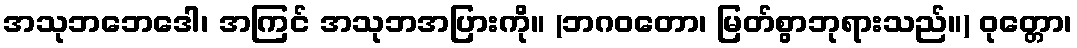
အသုဘဘေဒေါ၊ အကြင် အသုဘအပြားကို။ (ဘဂဝတော၊ မြတ်စွာဘုရားသည်။) ဝုတ္တော၊